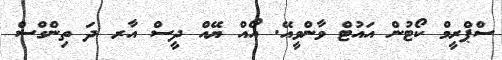
ސްޕްރީމް ކޯޓުން އައުޓް ވާންވީއޭ. އޯއް ޔޭއް ދީސް އާރ ދަ ތިންގްސް